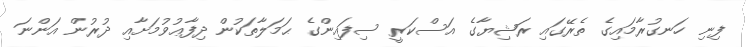
ފިނި ހަނގުރާމައިގެ ތެރޭގައި ރަޝިޔާގެ އަސްކަރީ ސިފައިންގެ ޙަމަލާތަކުން ދިފާޢުވުމަށާއި ދުރުން އަންނަ